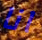
انا